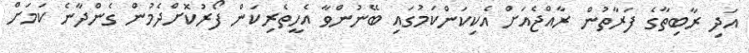
އަދި ރާބިތާގެ ފަރާތުން ރާއްޖެއަށް އެކިކަންކަމުގައި ބޭނުންވާ އެހީތެރިކަން ފޯރުކޮށްދެމުން ގެންދާނެ ކަމަށް